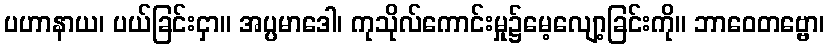
ပဟာနာယ၊ ပယ်ခြင်းငှာ။ အပ္ပမာဒေါ၊ ကုသိုလ်ကောင်းမှု၌မေ့လျော့ခြင်းကို။ ဘာဝေတဗ္ဗော၊